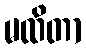
မထိတာ